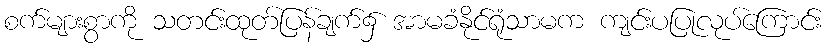
စက်များစွာကို သတင်းထုတ်ပြန်ချက်၌ အာမခံနိုင်ရုံသာမက ကျင်းပပြုလုပ်ကြောင်း